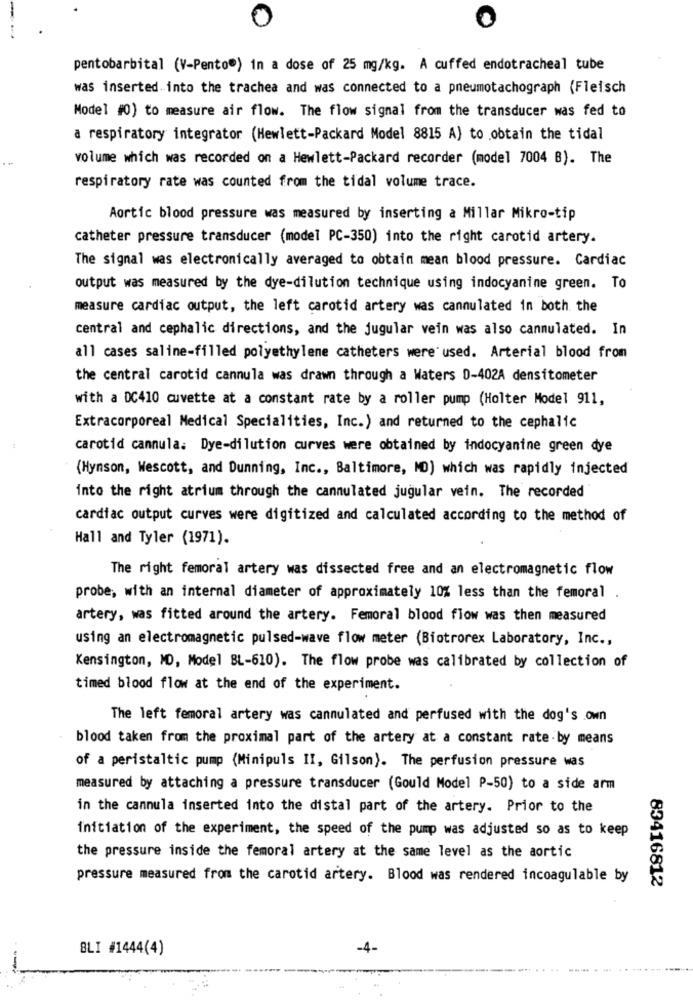
0
pentobarbital (V-Pento") in a dose of 25 mg/kg. A cuffed endotracheal tube
was inserted into the trachea and was connected to a pneumotachograph (Fleisch
Model #0) to measure air flow. The flow signal from the transducer was fed to
a respiratory integrator (Hewlett-Packard Model 8815 A) to obtain the tidal
volume which was recorded on a Hewlett-Packard recorder (model 7004 B). The
respiratory rate was counted from the tidal volume trace.
Aortic blood pressure was measured by inserting a Millar Mikro-tip
catheter pressure transducer (model PC-350) into the right carotid artery.
The signal was electronically averaged to obtain mean blood pressure. Cardiac
output was measured by the dye-dilution technique using indocyanine green. To
measure cardiac output, the left carotid artery was cannulated in both the
central and cephalic directions, and the jugular vein was also canmulated. In
all cases saline-filled polyethylene catheters were used. Arterial blood from
the central carotid cannula was drawn through a Waters 0-402A densitometer
with a DC410 cuvette at a constant rate by a roller pump (Holter Model 911,
Extracorporeal Medical Specialities, Inc.) and returned to the cephalic
carotid cannula: Dye-dilution curves were obtained by indocyanine green dye
(Hynson, Wescott, and Dunning, Inc ., Baltimore, MD) which was rapidly injected
into the right atrium through the cannulated jugular vein. The recorded
cardiac output curves were digitized and calculated according to the method of
Hall and Tyler (1971).
The right femoral artery was dissected free and an electromagnetic flow
probe, with an internal diameter of approximately 10% less than the femoral .
artery, was fitted around the artery. Femoral blood flow was then measured
using an electromagnetic pulsed-wave flow meter (Biotrorex Laboratory, Inc .,
Kensington, MD, Model BL-610). The flow probe was calibrated by collection of
timed blood flow at the end of the experiment.
The left femoral artery was cannulated and perfused with the dog's own
blood taken from the proximal part of the artery at a constant rate by means
of a peristaltic pump (Minipuls II, Gilson). The perfusion pressure was
measured by attaching a pressure transducer (Gould Model P-50) to a side arm
in the cannula inserted into the distal part of the artery. Prior to the
initiation of the experiment, the speed of the pump was adjusted so as to keep
the pressure inside the femoral artery at the same level as the aortic
pressure measured from the carotid artery. Blood was rendered incoagulable by
83416812
BLI #1444(4)
-4-